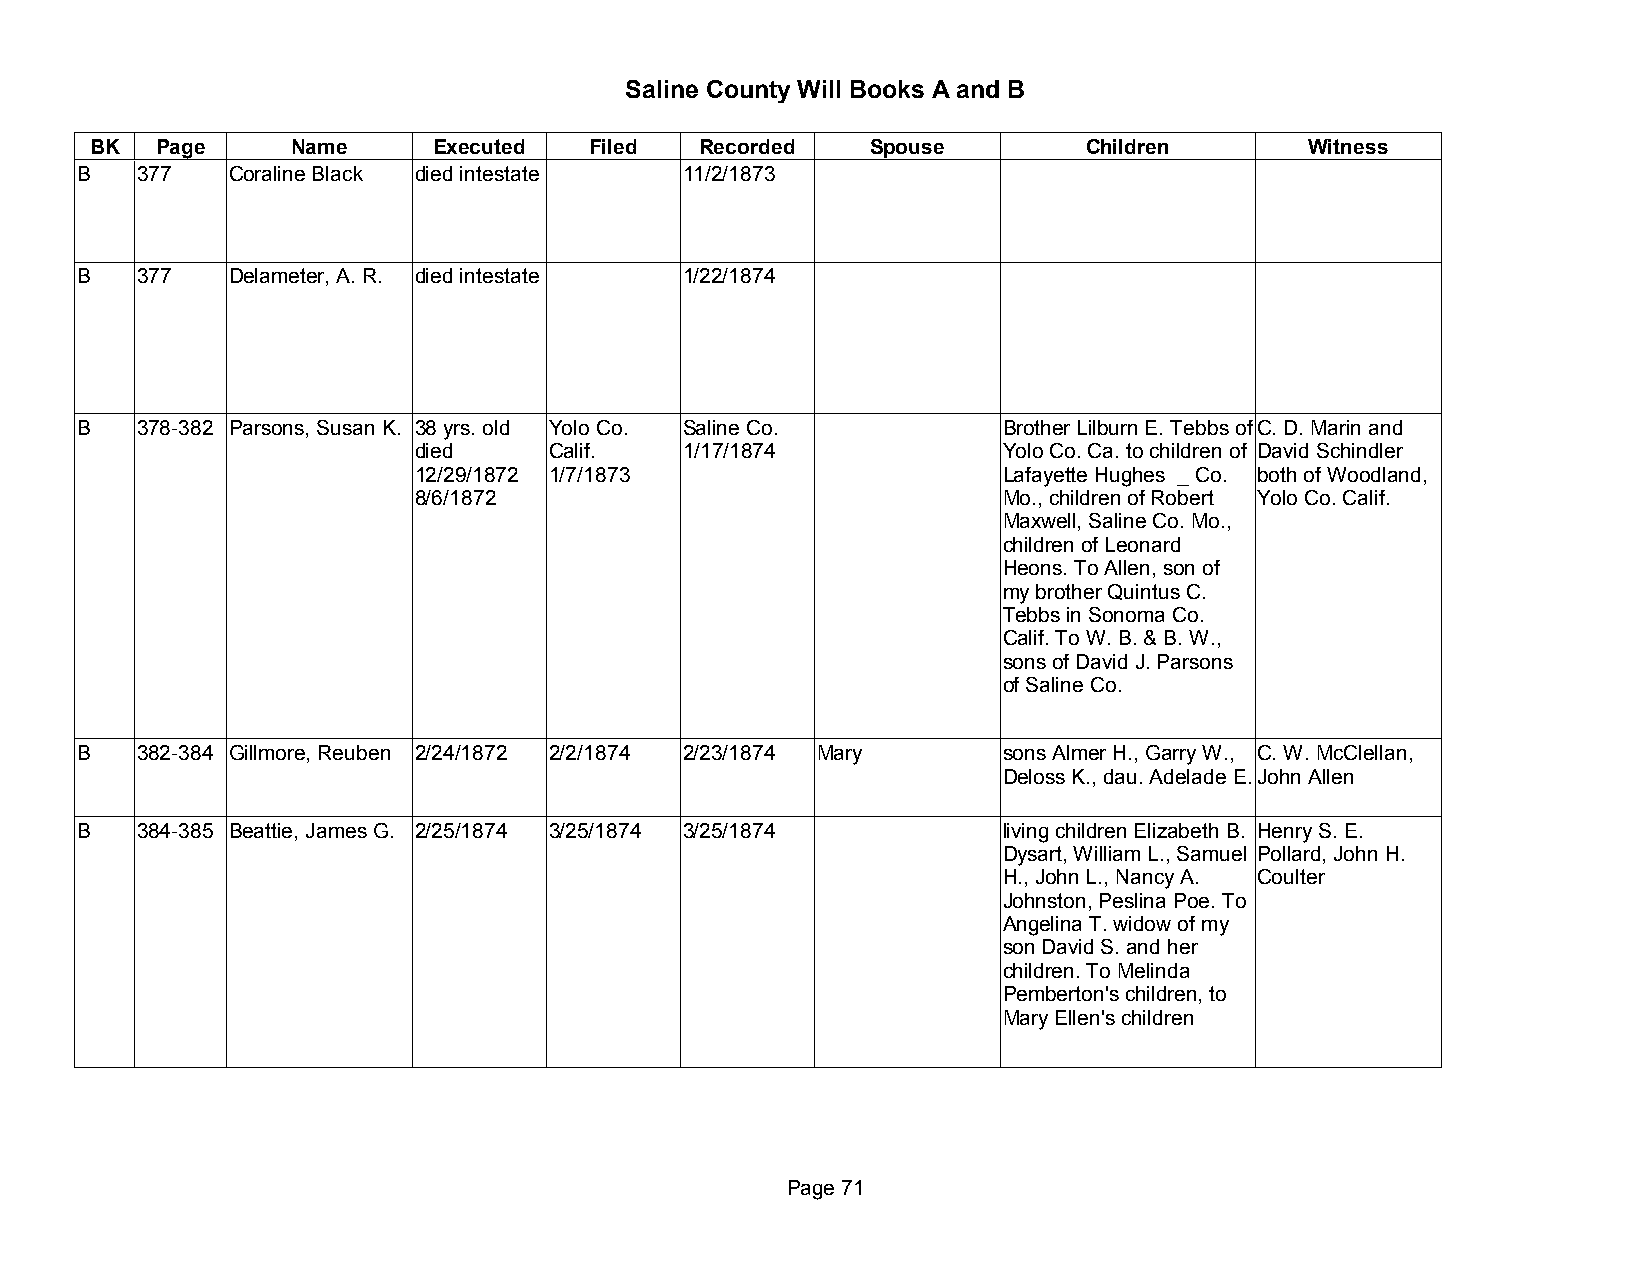
Saline County Will Books A and B
 BK  Page     Name      Executed  Filed  Recorded    Spouse        Children       Witness
 B   377   Coraline Black died intestate 11/2/1873
 B   377   Delameter, A. R. died intestate 1/22/1874
 B   378-382 Parsons, Susan K. 38 yrs. old Yolo Co. Saline Co. Brother Lilburn E. Tebbs of C. D. Marin and
 died     Calif.   1/17/1874            Yolo Co. Ca. to children of David Schindler
 12/29/1872 1/7/1873                    Lafayette Hughes _ Co. both of Woodland,
 8/6/1872                               Mo., children of Robert Yolo Co. Calif.
 Maxwell, Saline Co. Mo.,
 children of Leonard
 Heons. To Allen, son of
 my brother Quintus C.
 Tebbs in Sonoma Co.
 Calif. To W. B. & B. W.,
 sons of David J. Parsons
 of Saline Co.
 B   382-384 Gillmore, Reuben 2/24/1872 2/2/1874 2/23/1874 Mary sons Almer H., Garry W., C. W. McClellan,
 Deloss K., dau. Adelade E.John Allen
 B   384-385 Beattie, James G. 2/25/1874 3/25/1874 3/25/1874  living children Elizabeth B. Henry S. E.
 Dysart, William L., Samuel Pollard, John H.
 H., John L., Nancy A. Coulter
 Johnston, Peslina Poe. To
 Angelina T. widow of my
 son David S. and her
 children. To Melinda
 Pemberton's children, to
 Mary Ellen's children
 Page 71